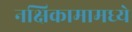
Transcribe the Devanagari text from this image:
नक्षिकामामध्ये